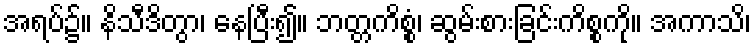
အရပ်၌။ နိသီဒိတွာ၊ နေပြီး၍။ ဘတ္တကိစ္စံ၊ ဆွမ်းစားခြင်းကိစ္စကို။ အကာသိ၊